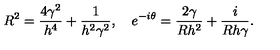
R ^ { 2 } = { \frac { 4 \gamma ^ { 2 } } { h ^ { 4 } } } + { \frac { 1 } { h ^ { 2 } \gamma ^ { 2 } } } , \quad e ^ { - i \theta } = { \frac { 2 \gamma } { R h ^ { 2 } } } + { \frac { i } { R h \gamma } } .